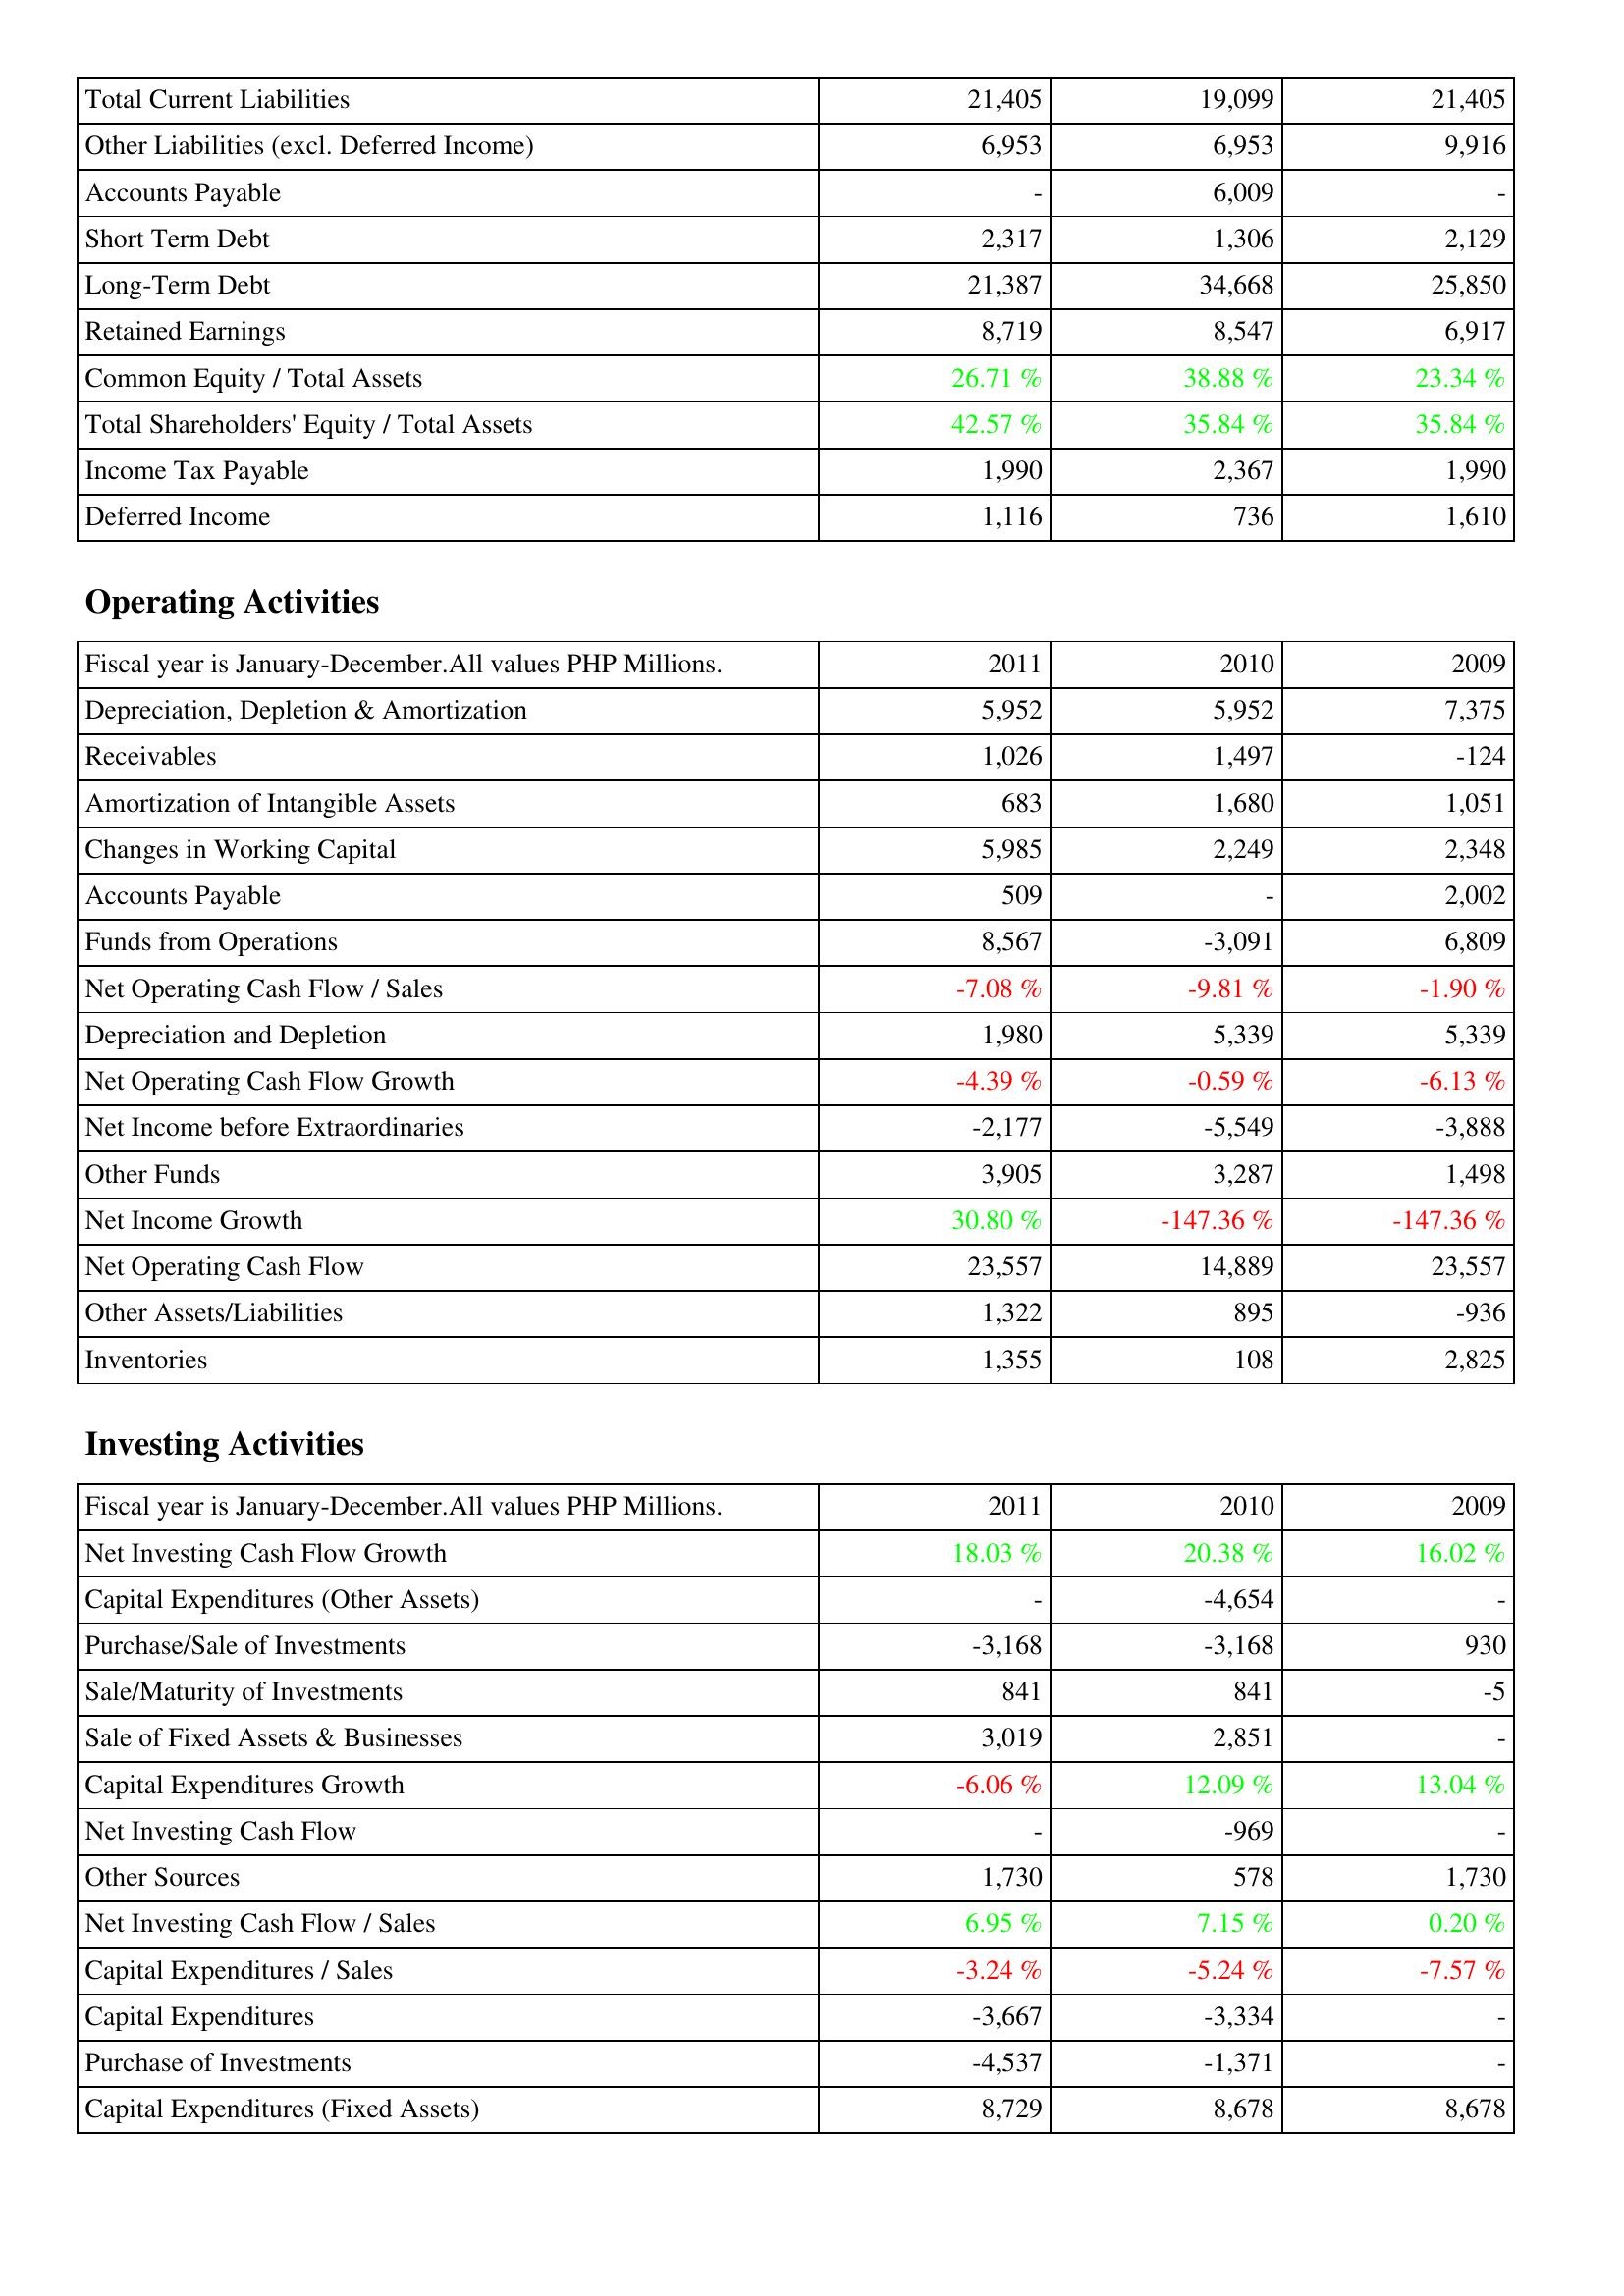
2011: Liabilities & Shareholders' Equity: Total Current Liabilities: 21,405
Other Liabilities (excl. Deferred Income): 6,953
Accounts Payable: -
Short Term Debt: 2,317
Long-Term Debt: 21,387
Retained Earnings: 8,719
Common Equity / Total Assets: 26.71 %
Total Shareholders' Equity / Total Assets: 42.57 %
Income Tax Payable: 1,990
Deferred Income: 1,116
Operating Activities: Depreciation, Depletion & Amortization: 5,952
Receivables: 1,026
Amortization of Intangible Assets: 683
Changes in Working Capital: 5,985
Accounts Payable: 509
Funds from Operations: 8,567
Net Operating Cash Flow / Sales: -7.08 %
Depreciation and Depletion: 1,980
Net Operating Cash Flow Growth: -4.39 %
Net Income before Extraordinaries: -2,177
Other Funds: 3,905
Net Income Growth: 30.80 %
Net Operating Cash Flow: 23,557
Other Assets/Liabilities: 1,322
Inventories: 1,355
Investing Activities: Net Investing Cash Flow Growth: 18.03 %
Capital Expenditures (Other Assets): -
Purchase/Sale of Investments: -3,168
Sale/Maturity of Investments: 841
Sale of Fixed Assets & Businesses: 3,019
Capital Expenditures Growth: -6.06 %
Net Investing Cash Flow: -
Other Sources: 1,730
Net Investing Cash Flow / Sales: 6.95 %
Capital Expenditures / Sales: -3.24 %
Capital Expenditures: -3,667
Purchase of Investments: -4,537
Capital Expenditures (Fixed Assets): 8,729
2010: Liabilities & Shareholders' Equity: Total Current Liabilities: 19,099
Other Liabilities (excl. Deferred Income): 6,953
Accounts Payable: 6,009
Short Term Debt: 1,306
Long-Term Debt: 34,668
Retained Earnings: 8,547
Common Equity / Total Assets: 38.88 %
Total Shareholders' Equity / Total Assets: 35.84 %
Income Tax Payable: 2,367
Deferred Income: 736
Operating Activities: Depreciation, Depletion & Amortization: 5,952
Receivables: 1,497
Amortization of Intangible Assets: 1,680
Changes in Working Capital: 2,249
Accounts Payable: -
Funds from Operations: -3,091
Net Operating Cash Flow / Sales: -9.81 %
Depreciation and Depletion: 5,339
Net Operating Cash Flow Growth: -0.59 %
Net Income before Extraordinaries: -5,549
Other Funds: 3,287
Net Income Growth: -147.36 %
Net Operating Cash Flow: 14,889
Other Assets/Liabilities: 895
Inventories: 108
Investing Activities: Net Investing Cash Flow Growth: 20.38 %
Capital Expenditures (Other Assets): -4,654
Purchase/Sale of Investments: -3,168
Sale/Maturity of Investments: 841
Sale of Fixed Assets & Businesses: 2,851
Capital Expenditures Growth: 12.09 %
Net Investing Cash Flow: -969
Other Sources: 578
Net Investing Cash Flow / Sales: 7.15 %
Capital Expenditures / Sales: -5.24 %
Capital Expenditures: -3,334
Purchase of Investments: -1,371
Capital Expenditures (Fixed Assets): 8,678
2009: Liabilities & Shareholders' Equity: Total Current Liabilities: 21,405
Other Liabilities (excl. Deferred Income): 9,916
Accounts Payable: -
Short Term Debt: 2,129
Long-Term Debt: 25,850
Retained Earnings: 6,917
Common Equity / Total Assets: 23.34 %
Total Shareholders' Equity / Total Assets: 35.84 %
Income Tax Payable: 1,990
Deferred Income: 1,610
Operating Activities: Depreciation, Depletion & Amortization: 7,375
Receivables: -124
Amortization of Intangible Assets: 1,051
Changes in Working Capital: 2,348
Accounts Payable: 2,002
Funds from Operations: 6,809
Net Operating Cash Flow / Sales: -1.90 %
Depreciation and Depletion: 5,339
Net Operating Cash Flow Growth: -6.13 %
Net Income before Extraordinaries: -3,888
Other Funds: 1,498
Net Income Growth: -147.36 %
Net Operating Cash Flow: 23,557
Other Assets/Liabilities: -936
Inventories: 2,825
Investing Activities: Net Investing Cash Flow Growth: 16.02 %
Capital Expenditures (Other Assets): -
Purchase/Sale of Investments: 930
Sale/Maturity of Investments: -5
Sale of Fixed Assets & Businesses: -
Capital Expenditures Growth: 13.04 %
Net Investing Cash Flow: -
Other Sources: 1,730
Net Investing Cash Flow / Sales: 0.20 %
Capital Expenditures / Sales: -7.57 %
Capital Expenditures: -
Purchase of Investments: -
Capital Expenditures (Fixed Assets): 8,678